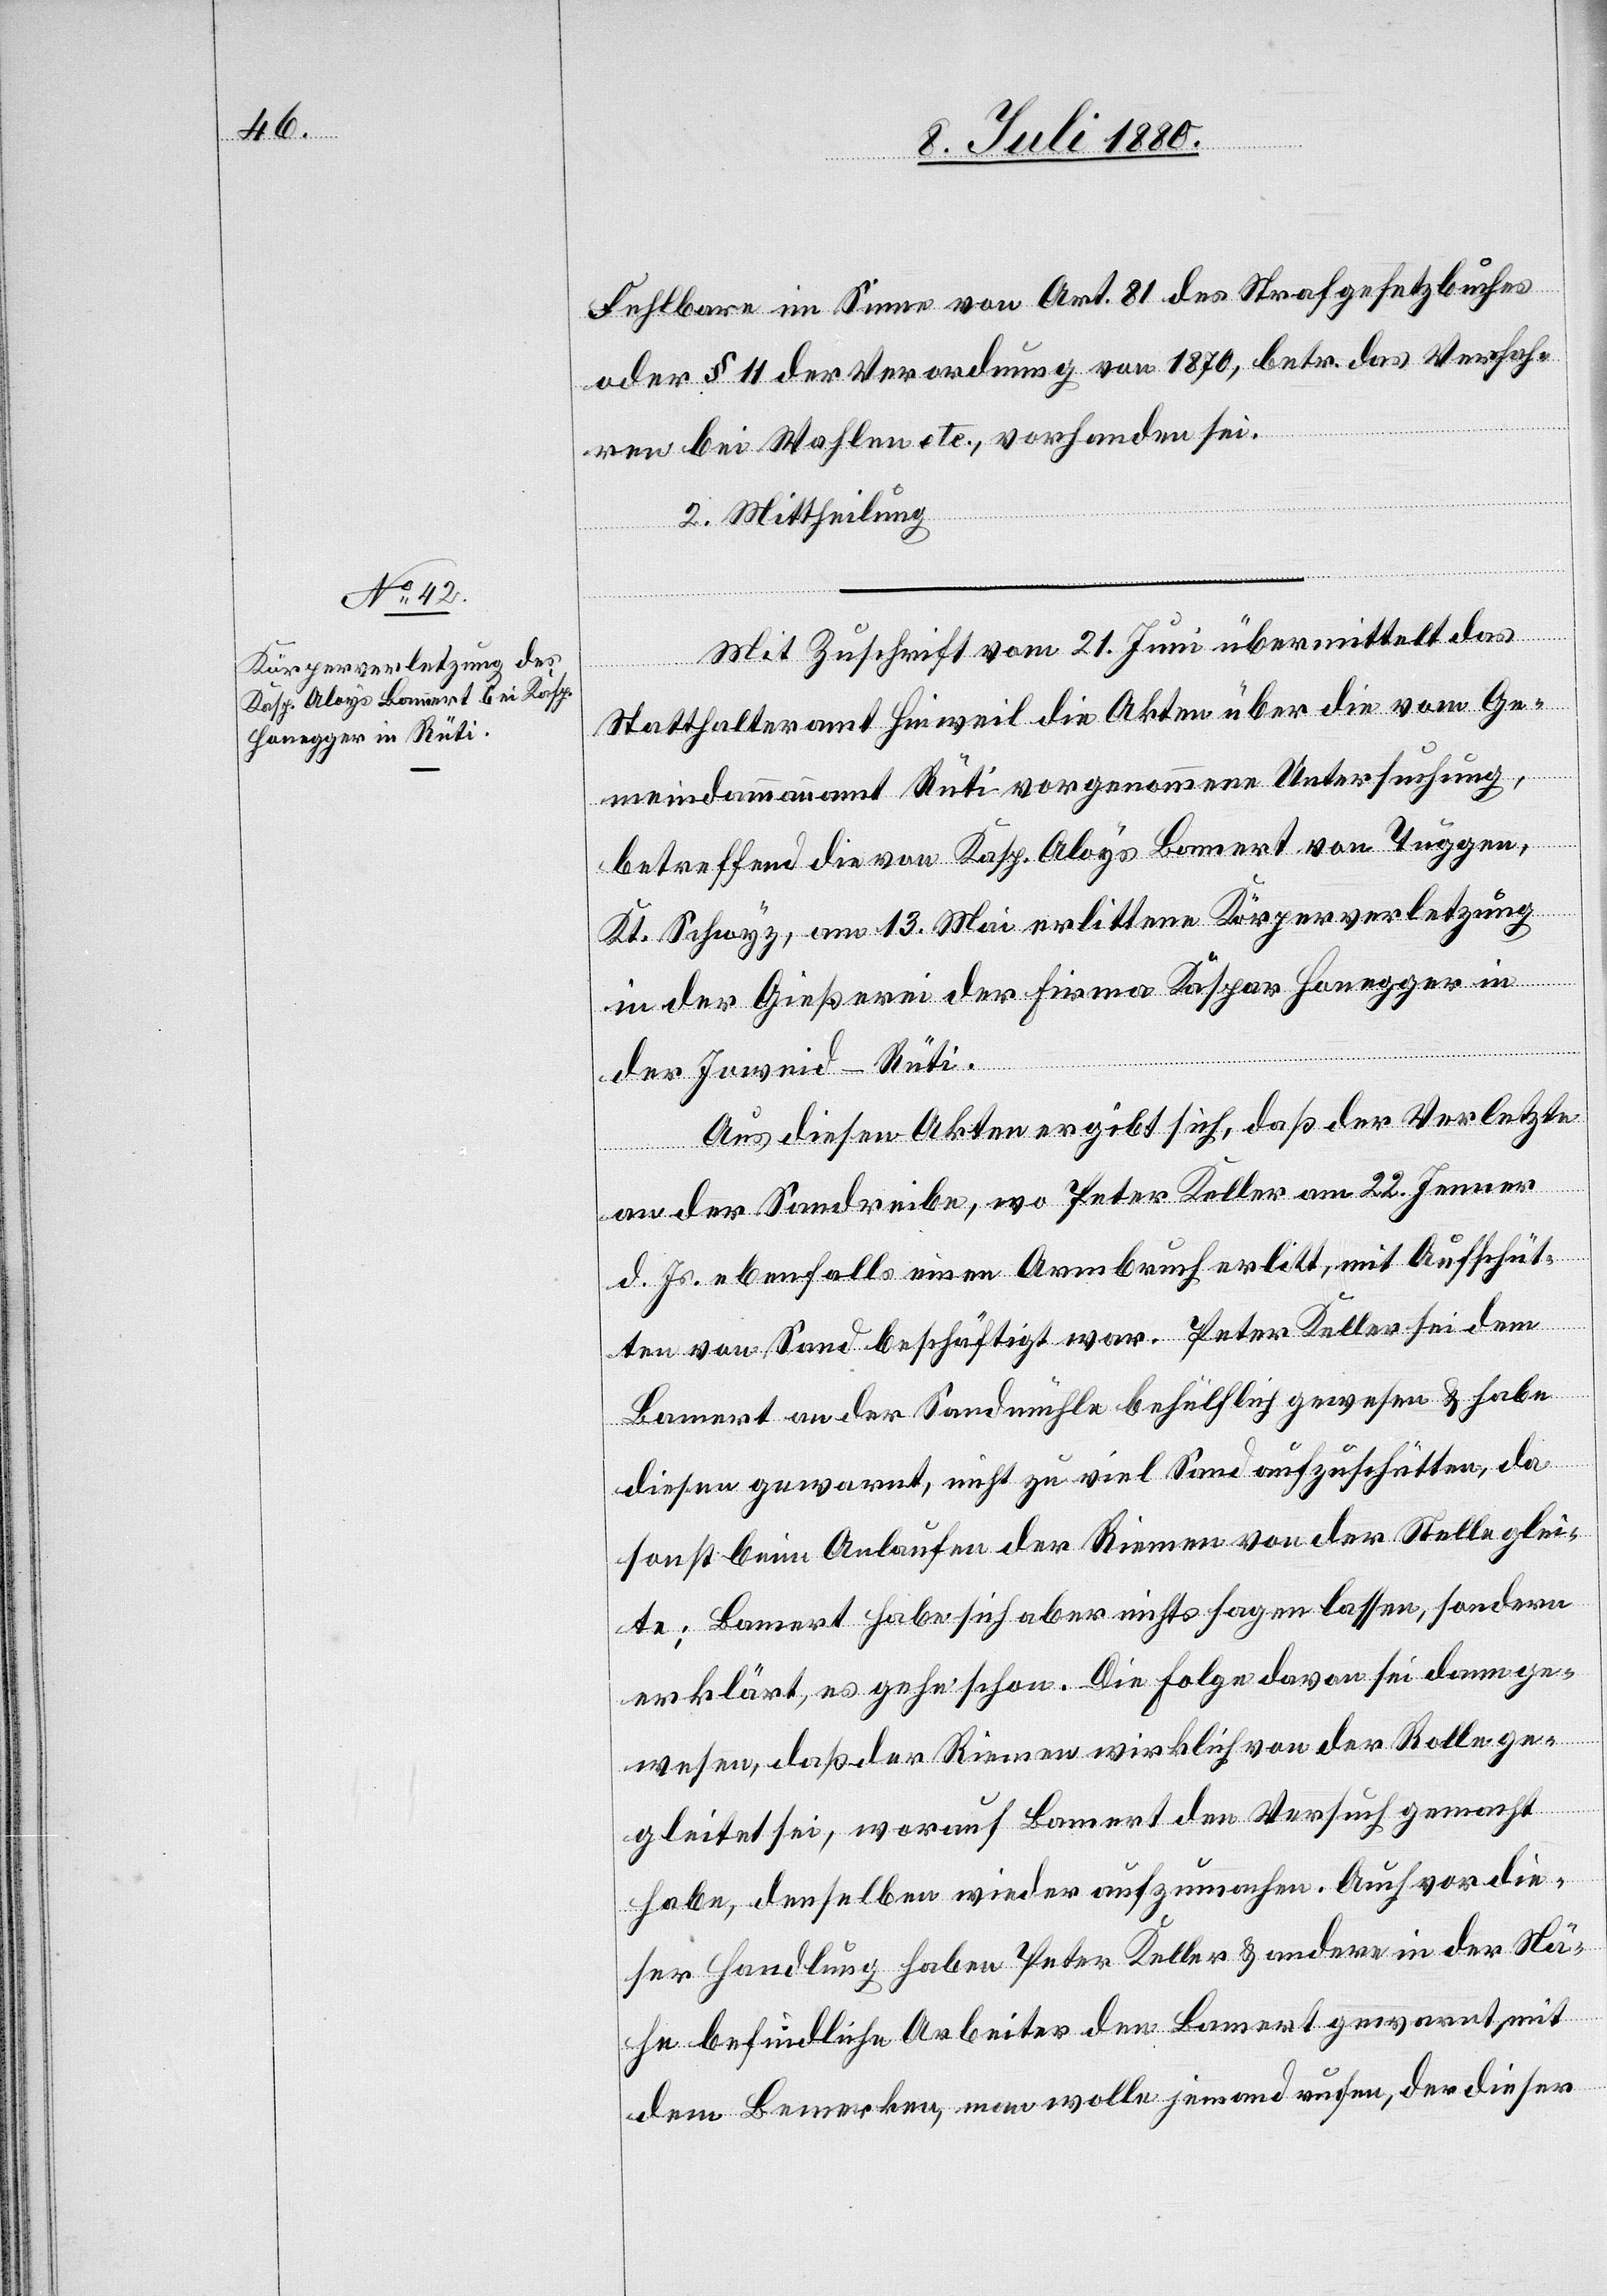
Mit Zuschrift vom 21. Juni übermittelt das
Statthalteramt Hinweil die Akten über die vom Ge¬
meindammannamt Rüti vorgenommene Untersuchung,
betreffend die von Kasp. Aloys Bamert [sic!] von Tuggen,
Kt. Schwyz, am 13. Mai erlittene Körperverletzung
in der Gießerei der Firma Kaspar Honegger in
der Joweid - Rüti.
Aus diesen Akten ergibt sich, daß der Verletzte
an der Sandreibe, wo Peter Keller am 22. Januar
d. Js. ebenfalls einen Armbruch erlitt, mit Aufschüt¬
ten von Sand beschäftigt war. Peter Keller sei dem
Bamert an der Sandmühle behülflich gewesen & habe
diesen gewarnt, nicht zu viel Sand aufzuschütten, da
sonst beim Anlaufen der Riemen von der Stelle glei¬
te; Bamert habe sich aber nichts sagen lassen, sondern
erklärt, es gehe schon. Die Folge davon sei dann ge¬
wesen, daß der Riemen wirklich von der Rolle ge¬
gleitet sei, worauf Bamert den Versuch gemacht
habe, denselben wieder aufzumachen. Auch vor die¬
ser Handlung haben Peter Keller & andere in der Nä¬
he befindliche Arbeiter den Bamert gewarnt mit
dem Bemerken, man wolle jemand rufen, der dieser